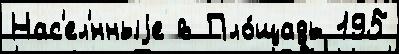
Нас'ел'́нныjе в Пло́щадь 195